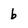
Character: b